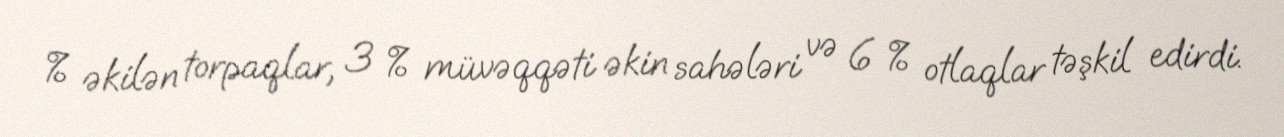
% əkilən torpaqlar, 3 % müvəqqəti əkin sahələri və 6 % otlaqlar təşkil edirdi.